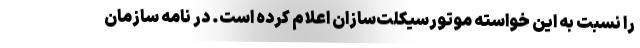
را نسبت به این خواسته موتورسیکلت‌سازان اعلام کرده است. در نامه سازمان